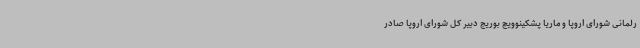
رلمانی شورای اروپا و ماریا پشکینوویچ بوریج دبیر کل شورای اروپا صادر